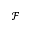
\mathcal { F }